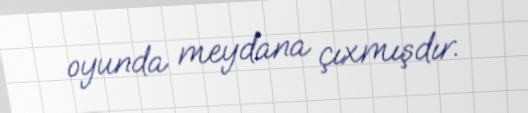
oyunda meydana çıxmışdır.